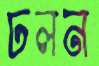
ঢলন